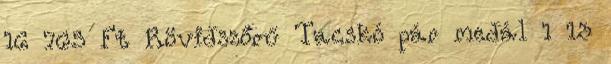
16 765 Ft Rövidszőrű Tacskó pár medál 1 13